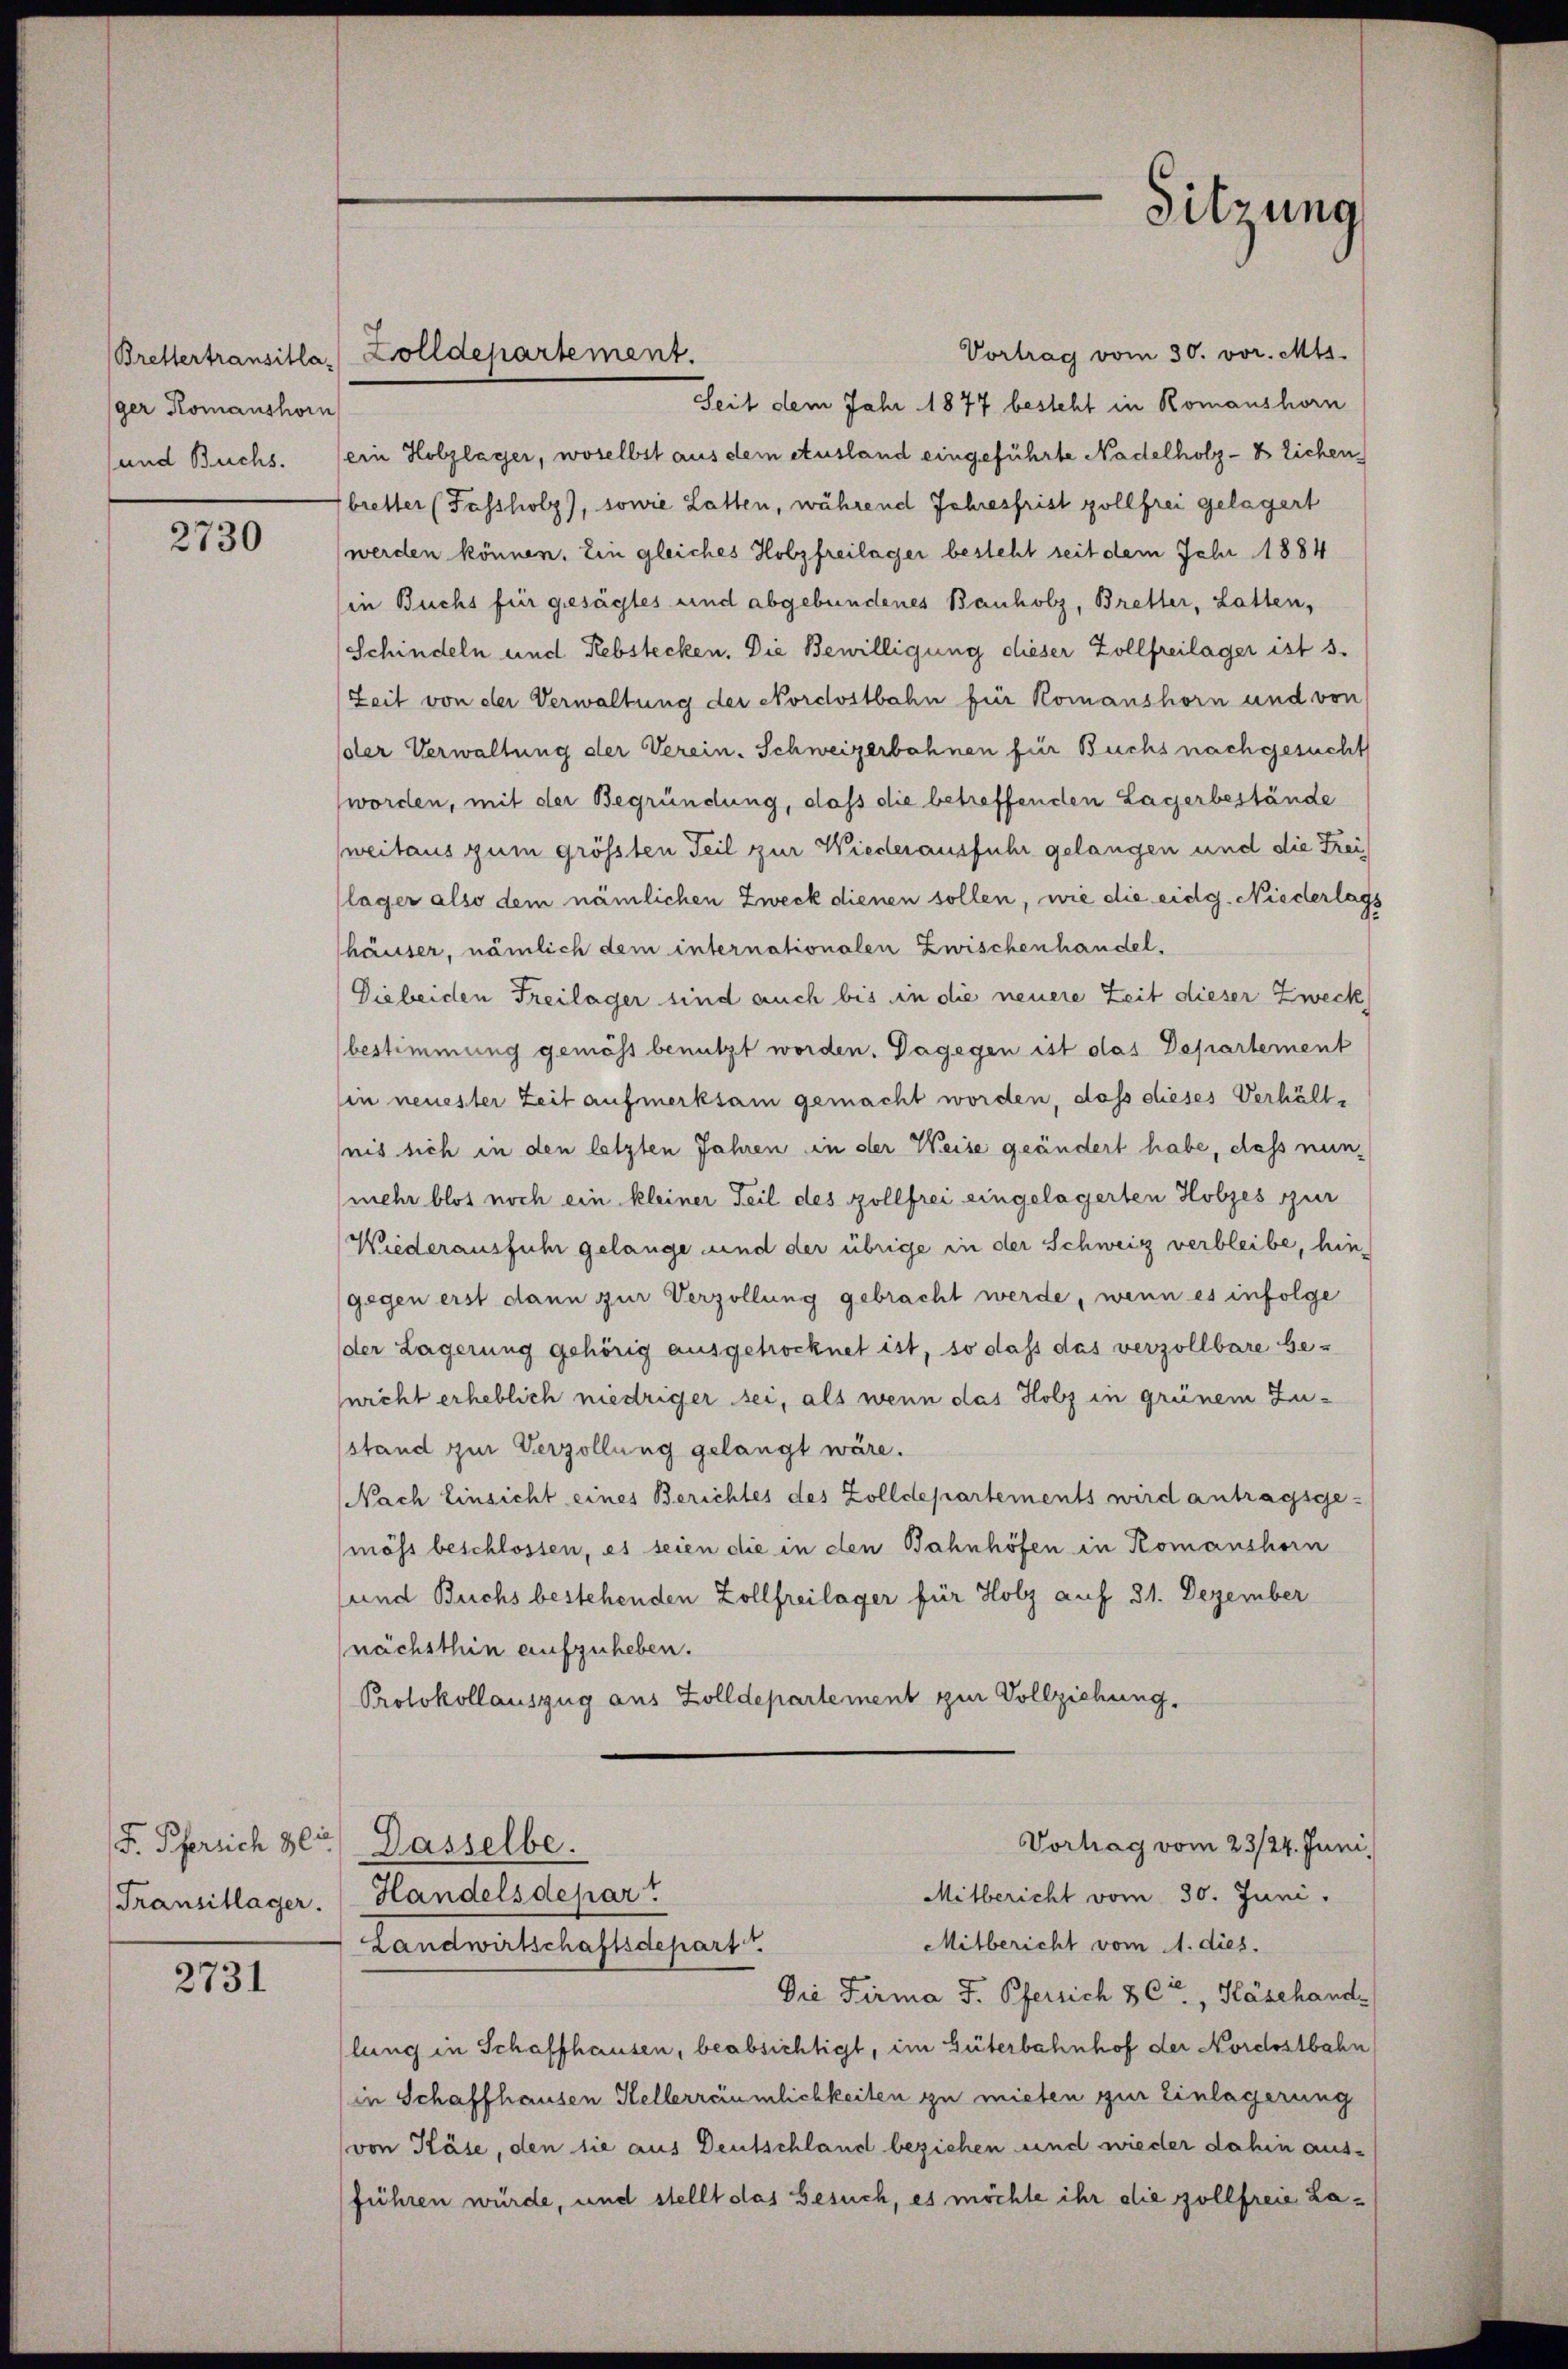
Brettertransitla-
ger Komanshorn

2730

Transitlager.

2731

Vortrag vom 30. vor. Mts.
Seit dem Jahr 1877 besteht in Romanshorn
und Buchs. (ein Holzlager, woselbst aus dem Ausland eingeführte Nadelholz-B lichen,
bretter (Fassholz), sowie Latten, während Jahresfrist zollfrei gelagert
werden können. Ein gleiches Holzfreilager besteht seit dem Jahr 1884
in Buchs für gesagtes und abgebundenes Bauholz, Bretter, Latten,
Schindeln und Rebstecken. Die Bewilligung dieser Zollfreilager ist s.
Zeit von der Verwaltung der Nordostbahn für Komanshorn und von
der Verwaltung der Verein. Schweizerbahnen für Buchs nachgesucht
worden, mit der Begründung, daß die betreffenden Lagerbestände
(weitaus zum größten Teil zur Wiederausfuhr gelangen und die Freilager also dem nämlichen Zweck dienen sollen, wie die eidg. Niederlags
häuser, nämlich dem internationalen Zwischenhandel,
Die beiden Freilager sind auch bis in die neuere Zeit dieser Zweck
bestimmung gemäss benutzt worden. Dagegen ist das Departement
in neuester Zeit aufmerksam gemacht worden, dass dieses Verhält-
nis sich in den letzten Jahren in der Weise geändert habe, dass nun¬
(mehr blos noch ein kleiner Teil des Zollfrei eingelagerten Holzes zur
Wiederausführ gelange und der übrige in der Schweiz verbleibe, hingegen erst dann zur Verzollung gebracht werde, wenn es infolge
der Lagerung gehörig ausgetrocknet ist, so dass das verzollbare Ge-
wicht erheblich niedriger sei, als wenn das Holz in grünem Zu-
stand zur Verzöllung gelangt wäre.
Nach Einsicht eines Berichtes des Zolldepartements wird antragsge-
möss beschlossen, es seien die in den Bahnhöfen in Romanshorn
und Buchs bestehenden Zollfreilager für Holz auf 31. Dezember
nächsthin aufzuheben.
Protokollauszug aus Zolldepartement zur Vollziehung.
Vorhag vom 23/24. Juni
F. Pfersich ger) Dasselbe.
Handelsdepar
Mitbericht vom 30. Juni.
Mitbericht vom 1. dies.
Landwirtschaftsdepart
Die Firma J. Pfersich 8 Cie, Käsehande
lung in Schaffhausen, beabsichtigt, im Güterbahnhof der Nordostbahn
in Schaffhausen Hellerrciümlichkeiten zu mieten zur Einlagerung
von Käse, den sie aus Deutschland beziehen und wieder dahin ausführen würde, und stellt das Gesuch, es möchte ihr die Zollfreie La¬

Zolldepartement.

Sitzung